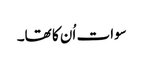
سوات اُن کا تھا۔